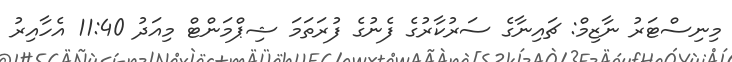
މިނިސްޓަރު ނާޒިމް: ޗައިނާގެ ސަރުކާރުގެ ފެނުގެ ފުރަތަމަ ޝިޕްމަންޓް މިއަދު 11:40 އެހާއިރު